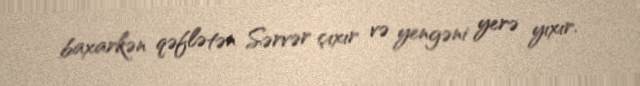
baxarkən qəflətən Sərvər çıxır və yengəni yerə yıxır.